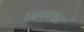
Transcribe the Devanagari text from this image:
स्वयवरात